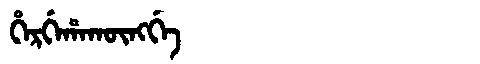
Manchu: ᡥᡝᡵᡤᡝᡥᠠᡴᡡᠩᡤᡝ
Romanization: HERGEHAKŪNGGE